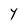
Character: Y